Jaan_Tonisson_(Lasteleht), lk 167
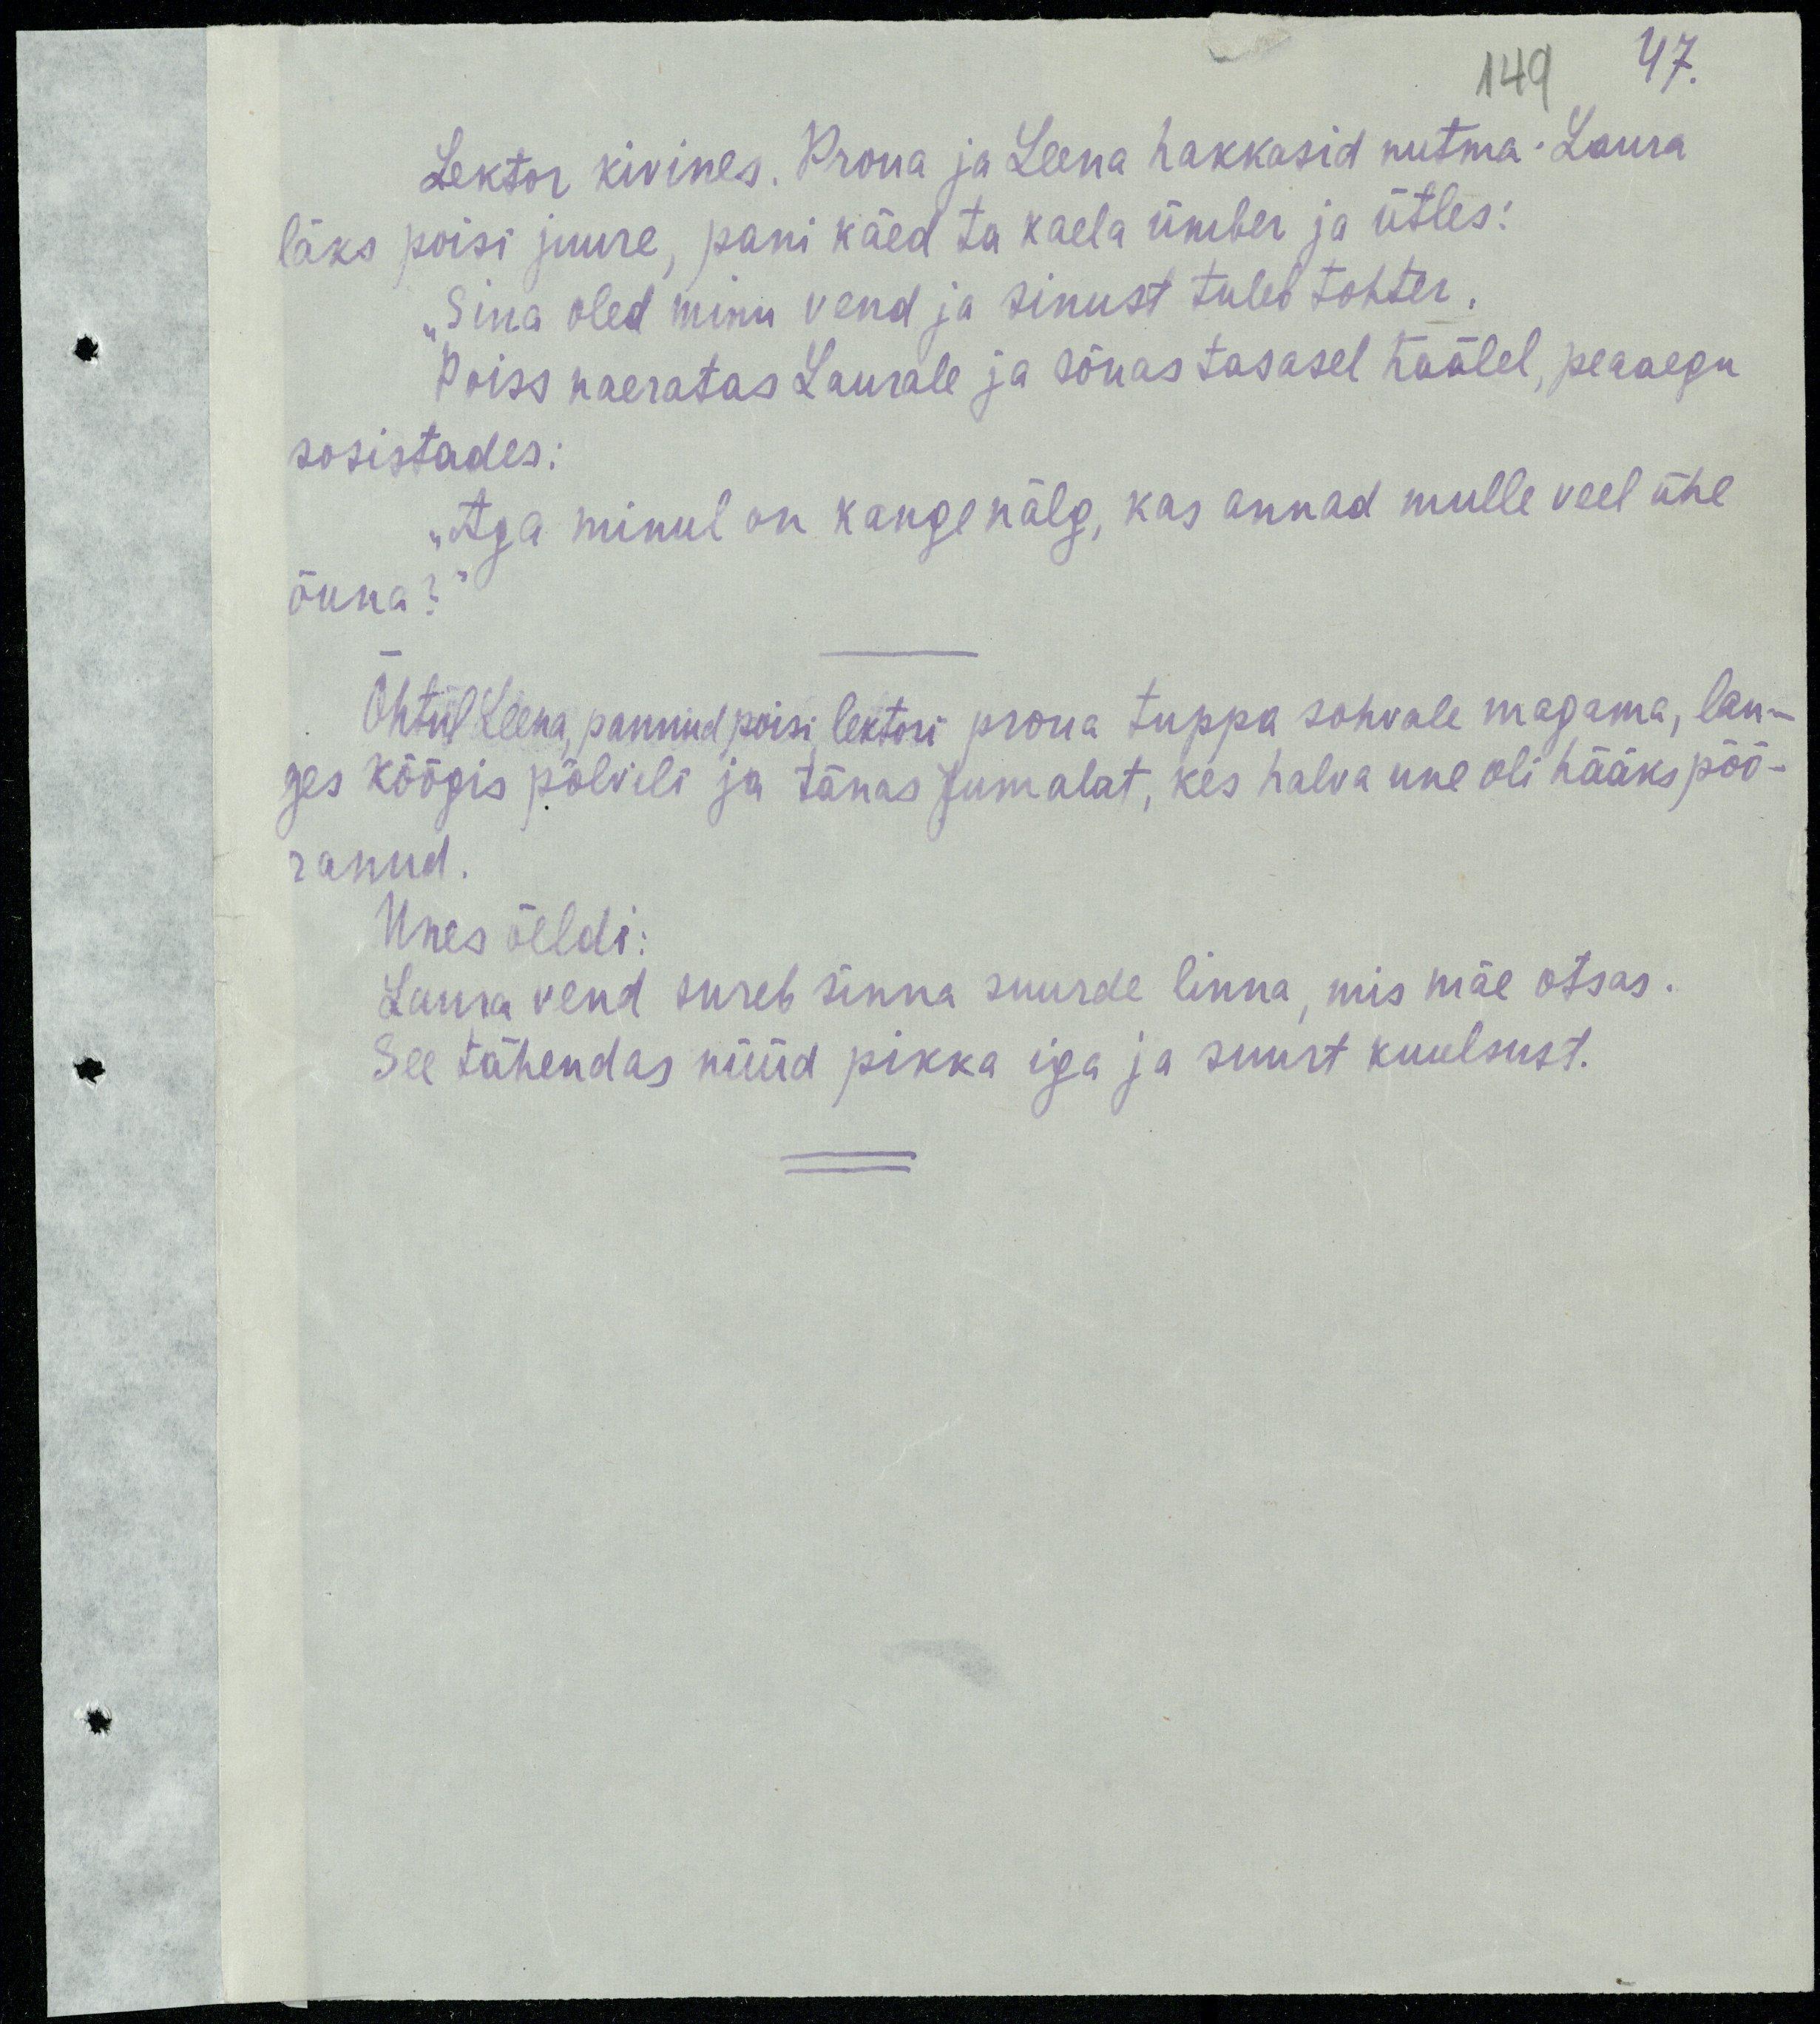
47.
Lektor kivines. Proua ja Leena hakkasid nutma. Laura
läks poisi juure, pani käed ta kaele ümber ja ütles:
„Sina oled minu vend ja sinust tuleb tohter.
poiss naeratas Laurale ja sõnas tasasel häälel, peaaegu
sosistades:
„Aga minul on kange nälg, kas annad mulle veel ühe
õuna?“
Õhtul Leena, pannud poisi lektori proua tuppa sohvale magama, lan-
ges köögis põlvili ja tänas Jumalat, kes halva une oli hääks pöö-
ranud.
Unes öeldi:
Laura vend sureb sinna suurde linna, mis mäe otsas.
See tähendas nüüd pikka iga ja suurt kuulsust.